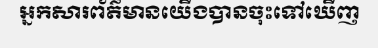
អ្នកសារព័ត៌មានយើងបានចុះទៅឃើញ